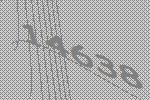
14638